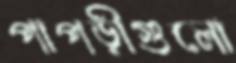
পাপড়ীগুলো